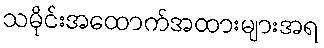
သမိုင်းအထောက်အထားများအရ